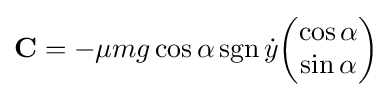
\mathbf {C} =-\mu mg\cos \alpha \operatorname {sgn} {\dot {y}}{\begin{pmatrix}\cos \alpha \\\sin \alpha \end{pmatrix}}